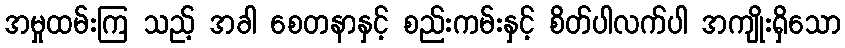
အမှုထမ်းကြ သည့် အခါ စေတနာနှင့် စည်းကမ်းနှင့် စိတ်ပါလက်ပါ အကျိုးရှိသော